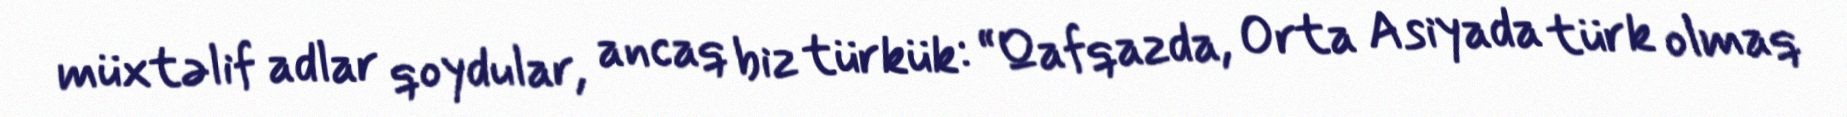
müxtəlif adlar qoydular, ancaq biz türkük: “Qafqazda, Orta Asiyada türk olmaq